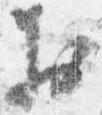
於